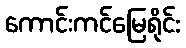
ကောင်းကင်မြေရိုင်း